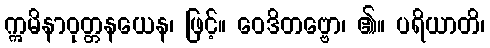
ဣမိနာဝုတ္တနယေန၊ ဖြင့်။ ဝေဒိတဗ္ဗော၊ ၏။ ပရိယာတိ၊